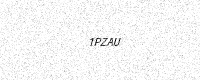
Text: 1PZAU